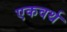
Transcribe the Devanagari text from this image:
एकवर्थ